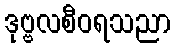
ဒုဗ္ဗလစီဝရသညာ